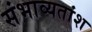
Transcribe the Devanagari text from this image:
संभाव्यतांश